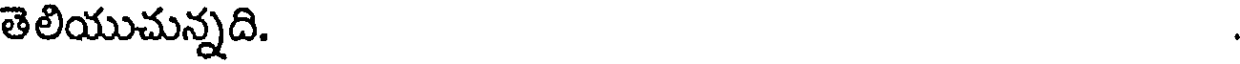
తెలియుచున్నది.